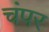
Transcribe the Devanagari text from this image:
चंपर